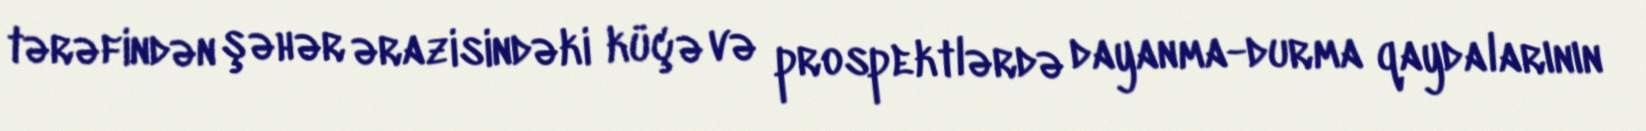
tərəfindən şəhər ərazisindəki küçə və prospektlərdə dayanma-durma qaydalarının